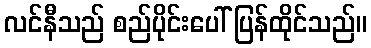
လင်နီသည် စည်ပိုင်းပေါ် ပြန်ထိုင်သည်။